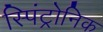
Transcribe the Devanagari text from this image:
स्पिंट्रोनिक